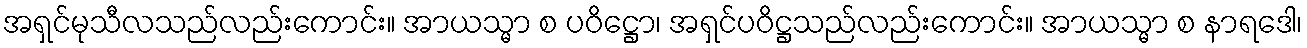
အရှင်မုသီလသည်လည်းကောင်း။ အာယသ္မာ စ ပဝိဋ္ဌော၊ အရှင်ပဝိဋ္ဌသည်လည်းကောင်း။ အာယသ္မာ စ နာရဒေါ၊